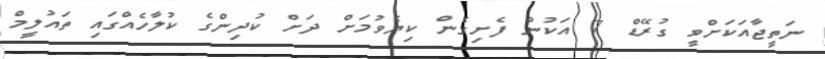
ނަތީޖާއަކަށްވީ ގުރޭޑް 7 އަކުން ފެށިގެން ކިޔެވުމަށް ދަށް ކުދިންގެ ކުލާހެއްގައި ތައުލީމް